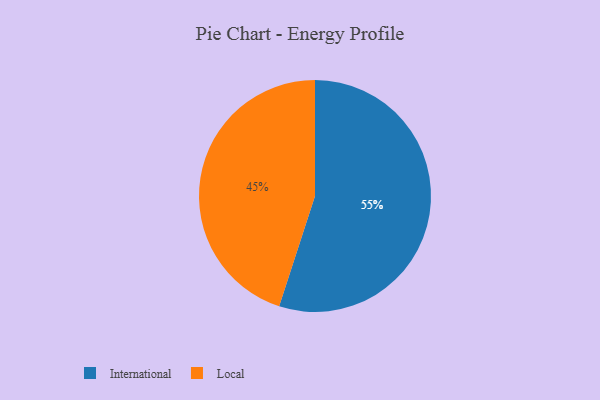
{"axis": {"x": "Category", "y": "Percentage"}, "legend": ["International", "Local"], "data": [{"x": "International", "y": 55, "type": "International"}, {"x": "Local", "y": 45, "type": "Local"}]}